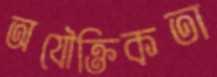
অযৌক্তিকতা